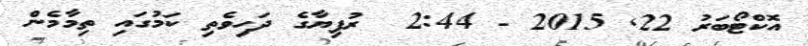
އޮކްޓޯބަރު 22